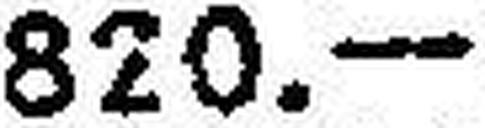
820.—